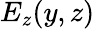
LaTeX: E_{z}(y,z)